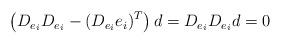
LaTeX: \begin{align*}\aligned\left(D_{e_i}D_{e_i}-(D_{e_i}e_i)^T\right)d=D_{e_i}D_{e_i}d=0\endaligned\end{align*}